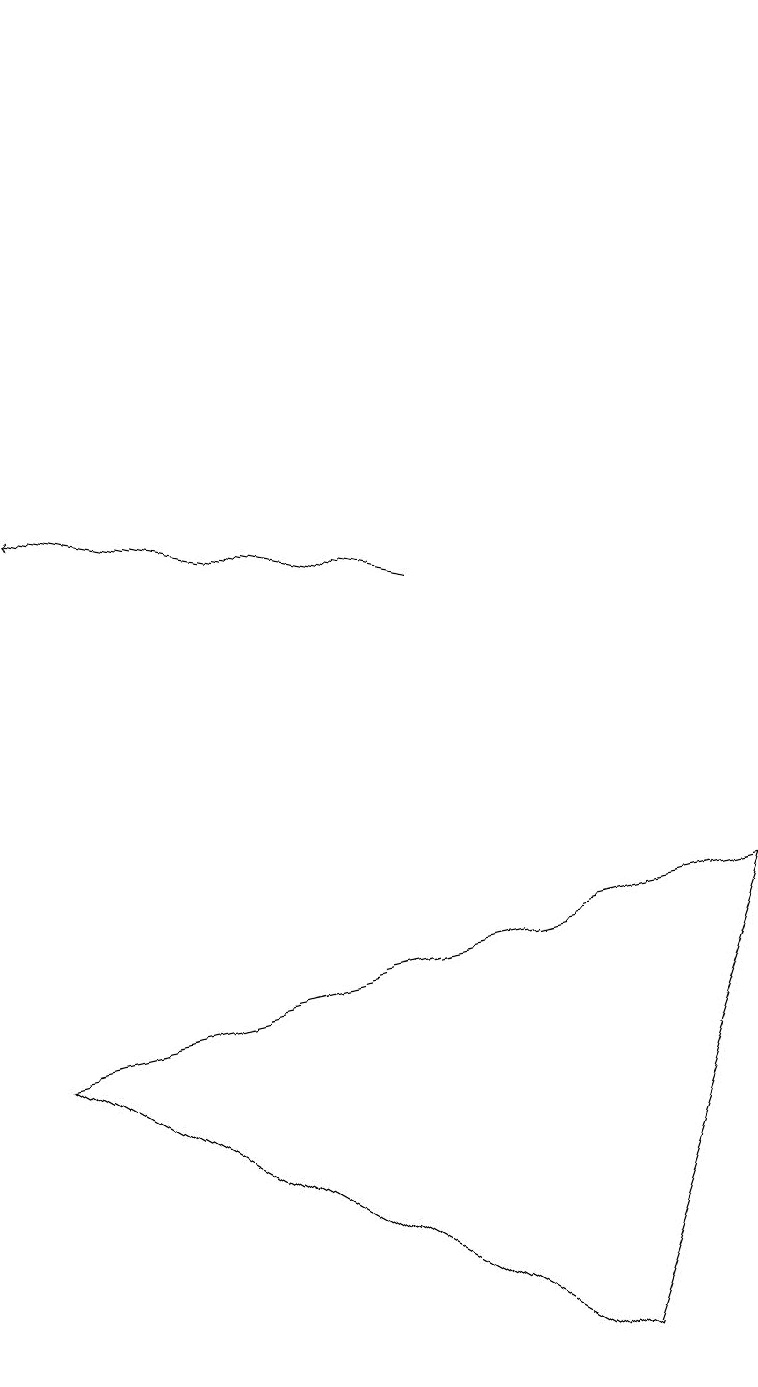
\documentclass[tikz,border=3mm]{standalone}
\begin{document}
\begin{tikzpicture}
\draw[->] (5,11) -- (0,12);
\draw (0,5) -- (7,1) -- (9,7) -- cycle;
\draw (1,18) rectangle (1,18);
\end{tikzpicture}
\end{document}